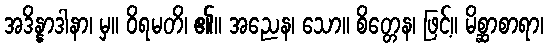
အဒိန္နာဒါနာ၊ မှ။ ဝိရမတိ၊ ၏။ အညေန၊ သော။ စိတ္တေန၊ ဖြင့်။ မိစ္ဆာစာရာ၊